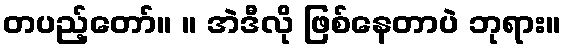
တပည့်တော်။ ။ အဲဒီလို ဖြစ်နေတာပဲ ဘုရား။